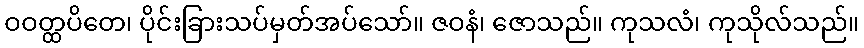
ဝဝတ္ထပိတေ၊ ပိုင်းခြားသပ်မှတ်အပ်သော်။ ဇဝနံ၊ ဇောသည်။ ကုသလံ၊ ကုသိုလ်သည်။